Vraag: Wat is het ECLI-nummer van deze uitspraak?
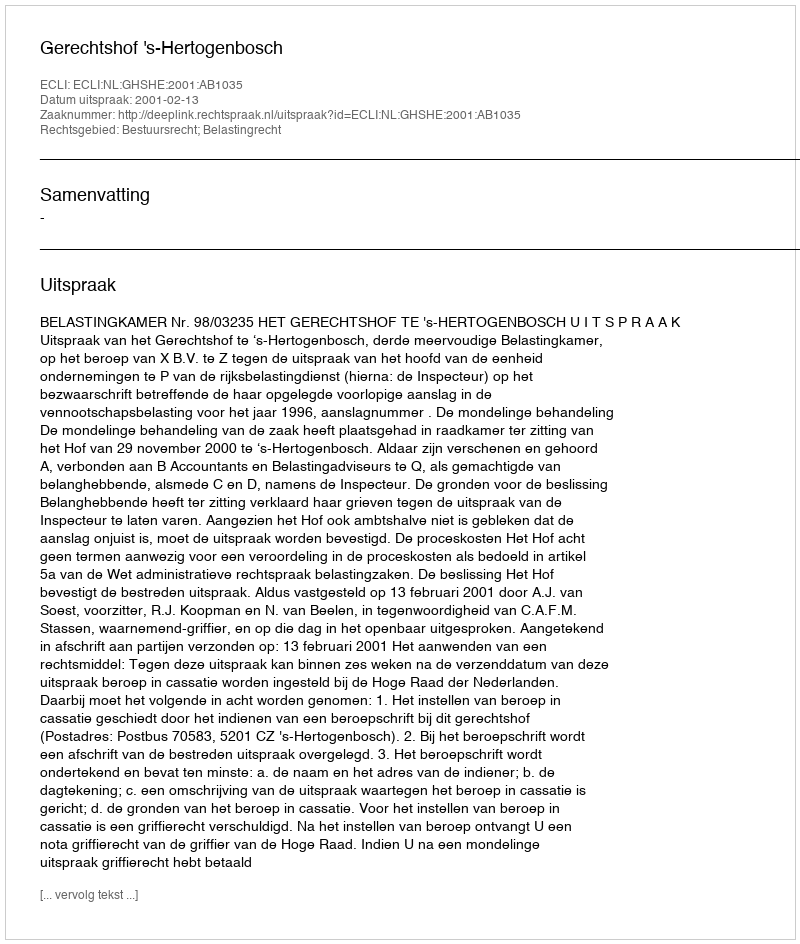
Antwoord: ECLI:NL:GHSHE:2001:AB1035